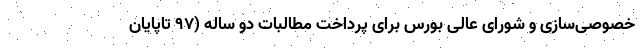
خصوصی‌سازی و شورای عالی بورس برای پرداخت مطالبات دو ساله (۹۷ تاپایان